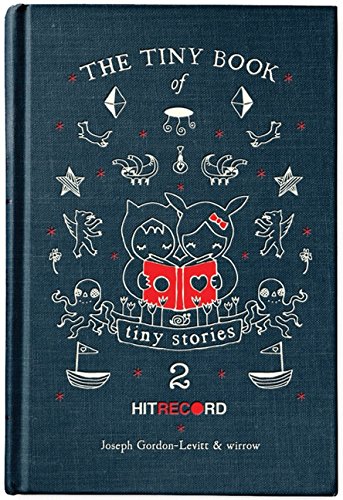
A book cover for The Tiny Book of Tiny Stories: Volume 2; Joseph Gordon-Levitt; Comics & Graphic Novels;